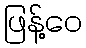
ဖြန့်ဝေ